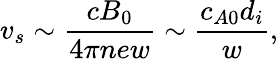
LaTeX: v_{s}\sim\frac{cB_{0}}{4\pi new}\sim\frac{c_{A0}d_{i}}{w},